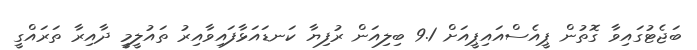
ބަޖެޓުގައިވާ ގޮތުން ޕީއެސްއައިޕީއަށް 9.1 ބިލިއަން ރުފިޔާ ކަނޑައަޅާފައިވާއިރު ތައުލީމީ ދާއިރާ ތަރައްގީ